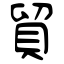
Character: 貿